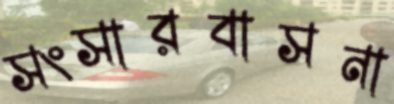
সংসারবাসনা